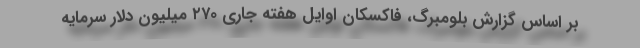
بر اساس گزارش بلومبرگ، فاکسکان اوایل هفته جاری ۲۷۰ میلیون دلار سرمایه